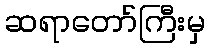
ဆရာတော်ကြီးမှ